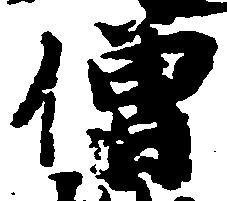
僧